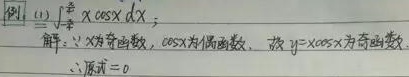
例1. (1) \(\int_{-\pi}^{\pi} x\cos x\ dx\)；
解：因为\(x\)为奇函数，\(\cos x\)为偶函数，故\(y = x\cos x\)为奇函数。
所以原式\( = 0\)